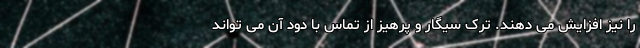
را نیز افزایش می دهند. ترک سیگار و پرهیز از تماس با دود آن می تواند